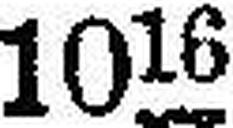
1016